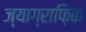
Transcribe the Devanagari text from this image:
ज्याग्राफ़िक